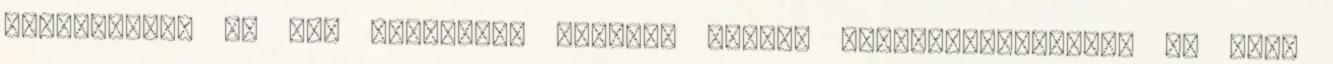
Edesanyamat es ugy dontottem igenybe veszem szolgaltatasukat. Be kell